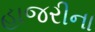
હાજરીના